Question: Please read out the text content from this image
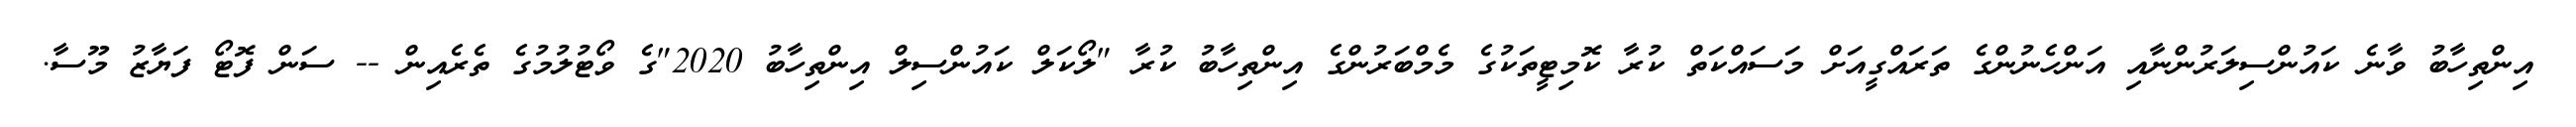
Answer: އިންތިހާބު ވާނެ ކައުންސިލަރުންނާއި އަންހެނުންގެ ތަރައްގީއަށް މަސައްކަތް ކުރާ ކޮމިޓީތަކުގެ މެމްބަރުންގެ އިންތިހާބު ކުރާ "ލޯކަލް ކައުންސިލް އިންތިހާބު 2020"ގެ ވޯޓުލުމުގެ ތެރެއިން -- ސަން ފޮޓޯ ފަޔާޒު މޫސާ.